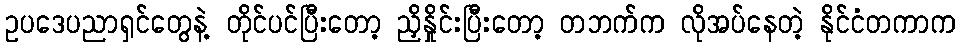
ဥပဒေပညာရှင်တွေနဲ့ တိုင်ပင်ပြီးတော့ ညှိနှိုင်းပြီးတော့ တဘက်က လိုအပ်နေတဲ့ နိုင်ငံတကာက